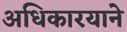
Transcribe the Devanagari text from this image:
अधिकारयाने